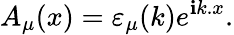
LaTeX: A_{\mu}(x)=\varepsilon_{\mu}(k)e^{\mathbf{i}k.x}.